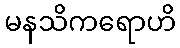
မနသိကရောဟိ